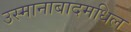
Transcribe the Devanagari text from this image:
उस्मानाबादमधिल